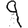
Digit: 9